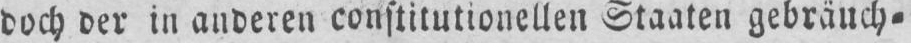
doch der in anderen constitutionellen Staaten gebräuch⸗